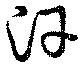
汗